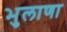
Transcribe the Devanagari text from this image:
भुलाणा